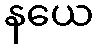
နယေ